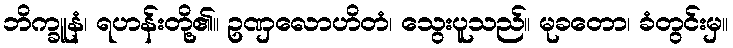
ဘိက္ခူနံ၊ ရဟန်းတို့၏။ ဥဏှလောဟိတံ၊ သွေးပူသည်။ မုခတော၊ ခံတွင်းမှ။